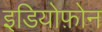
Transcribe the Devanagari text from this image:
इडियोफ़ोन